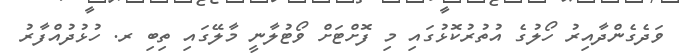
ވަދެގެންދާއިރު ހޯލުގެ އުތުރުކޮޅުގައި މި ފޮށްޓަށް ވޯޓުލާނީ މާލޭގައި ތިބި ރ. ހުޅުދުއްފާރު